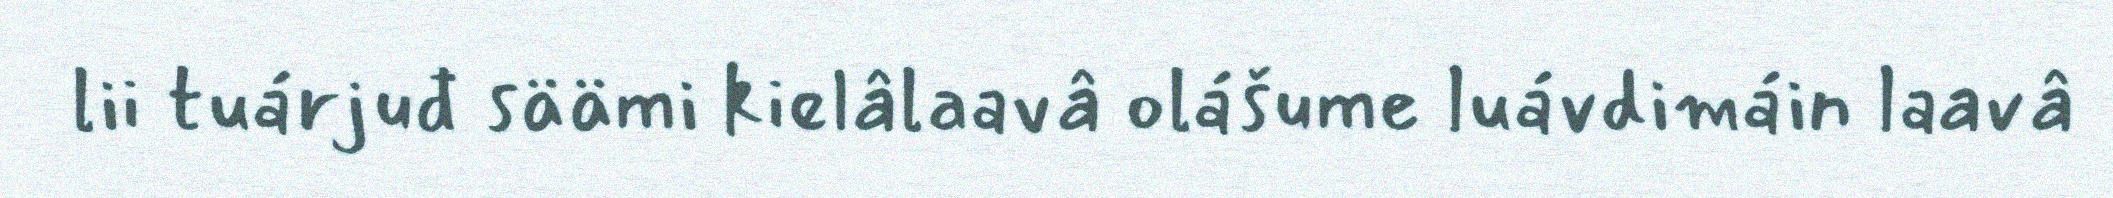
lii tuárjuđ säämi kielâlaavâ olášume luávdimáin laavâ